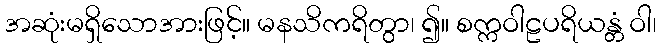
အဆုံးမရှိသောအားဖြင့်။ မနသိကရိတွာ၊ ၍။ စက္ကဝါဠပရိယန္တံ ဝါ၊